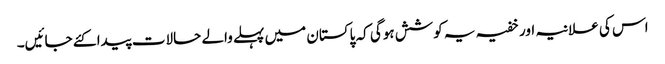
اس کی علانیہ اور خفیہ یہ کوشش ہوگی کہ پاکستان میں پہلے والے حالات پیدا کئے جائیں۔